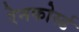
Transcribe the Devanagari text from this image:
रेनफोर्स्ड